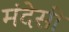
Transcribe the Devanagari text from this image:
मंदेसी